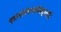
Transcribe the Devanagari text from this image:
स्नानंपंचगव्येनशुध्यति